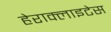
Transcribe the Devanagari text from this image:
हेराक्लाइटेस